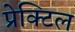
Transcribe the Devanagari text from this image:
प्रेक्टिल